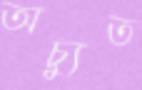
অচ্যুত